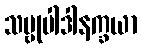
သဗ္ဗုပါဒါနက္ခယာ